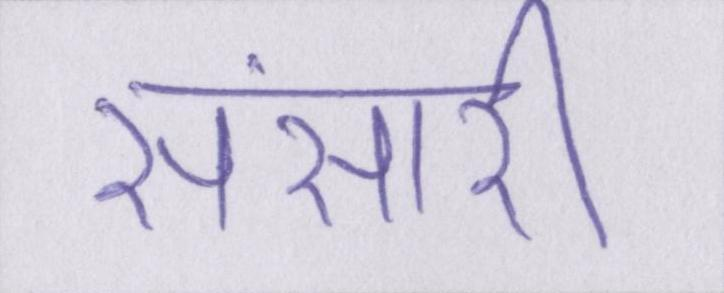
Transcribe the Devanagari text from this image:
संसारी